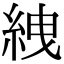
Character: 絏